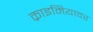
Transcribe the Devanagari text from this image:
क्राइमियावर